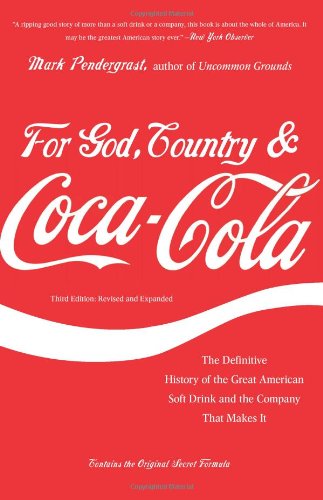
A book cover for For God, Country, and Coca-Cola: The Definitive History of the Great American Soft Drink and the Company That Makes It; Mark Pendergrast; Business & Money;